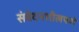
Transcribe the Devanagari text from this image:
संवेदनशीलपणे